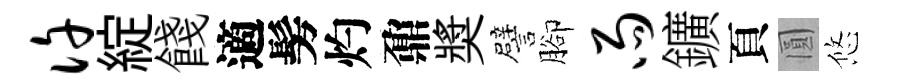
许綻餞適髣灼鼐奬譬腳雨鑛頁圓悠